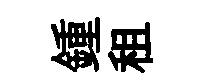
鍾租